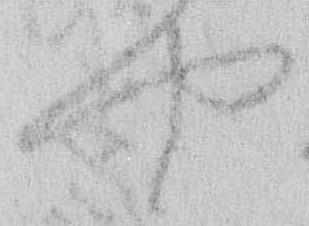
や